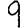
Digit: 9